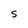
Character: S